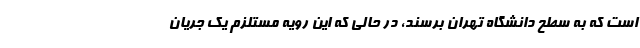
است که به سطح دانشگاه تهران برسند، در حالی که این رویه مستلزم یک جریان